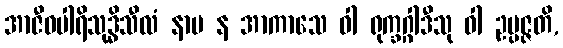
အာဇီဝပါရိသုဒ္ဓိသီလံ နာမ န အာကာသေ ဝါ ရုက္ခဂ္ဂါဒီသု ဝါ ဥပ္ပဇ္ဇတိ,